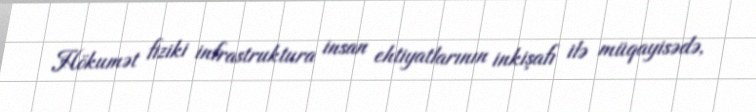
Hökumət fiziki infrastruktura insan ehtiyatlarının inkişafı ilə müqayisədə,